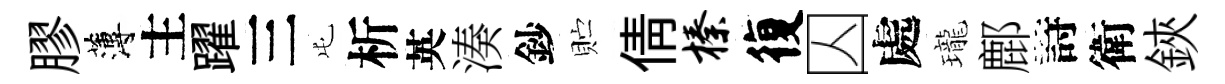
膠薄主躍三屯析英湊鈔贮倩榛復囚處瓏鄜詩衛鋏